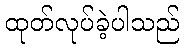
ထုတ်လုပ်ခဲ့ပါသည်